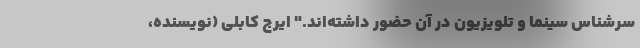
سرشناس سینما و تلویزیون در آن حضور داشته‌اند." ایرج کابلی (نویسنده،